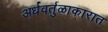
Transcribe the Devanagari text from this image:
अर्धवर्तुळाकारात